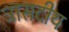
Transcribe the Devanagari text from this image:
त्रासदीय